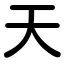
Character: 天